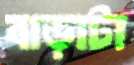
বাড়াটা